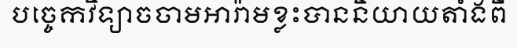
បច្ចេកវិទ្យាចចាមអារ៉ាមខ្លះបាននិយាយតាំងពី